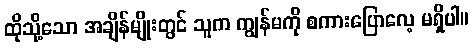
ထိုသို့သော အချိန်မျိုးတွင် သူက ကျွန်မကို စကားပြောလေ့ မရှိပါ။